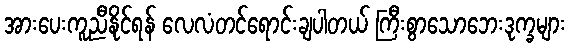
အားပေးကူညီနိုင်ရန် လေလံတင်ရောင်းချပါတယ် ကြီးစွာသောဘေးဒုက္ခများ